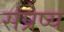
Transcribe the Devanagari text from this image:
संप्रेष्य